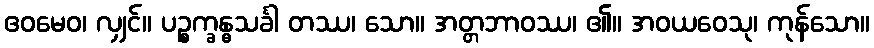
ဧဝမေဝ၊ လျှင်။ ပဉ္စက္ခန္ဓသင်္ခါ တဿ၊ သော။ အတ္တဘာဝဿ၊ ၏။ အဝယဝေသု၊ ကုန်သော။